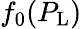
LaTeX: f_{0}(P_{\textrm{L}})